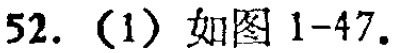
52.（1）如图1-47.